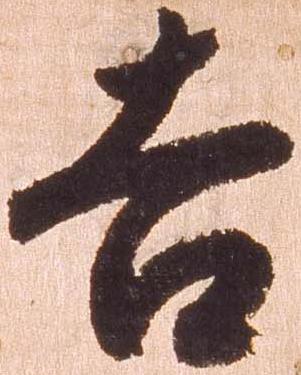
吉